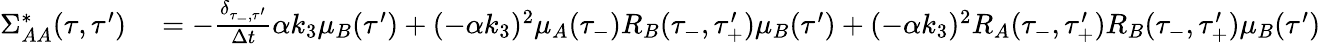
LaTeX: \begin{array}{rl}{\Sigma_{AA}^{*}(\tau,\tau^{\prime})}&{{}=-\frac{\delta_{\tau_{-},\tau^{\prime}}}{\Delta t}\alpha k_{3}\mu_{B}(\tau^{\prime})+(-\alpha k_{3})^{2}\mu_{A}(\tau_{-})R_{B}(\tau_{-},\tau_{+}^{\prime})\mu_{B}(\tau^{\prime})+(-\alpha k_{3})^{2}R_{A}(\tau_{-},\tau_{+}^{\prime})R_{B}(\tau_{-},\tau_{+}^{\prime})\mu_{B}(\tau^{\prime})}\end{array}